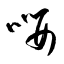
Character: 嚶